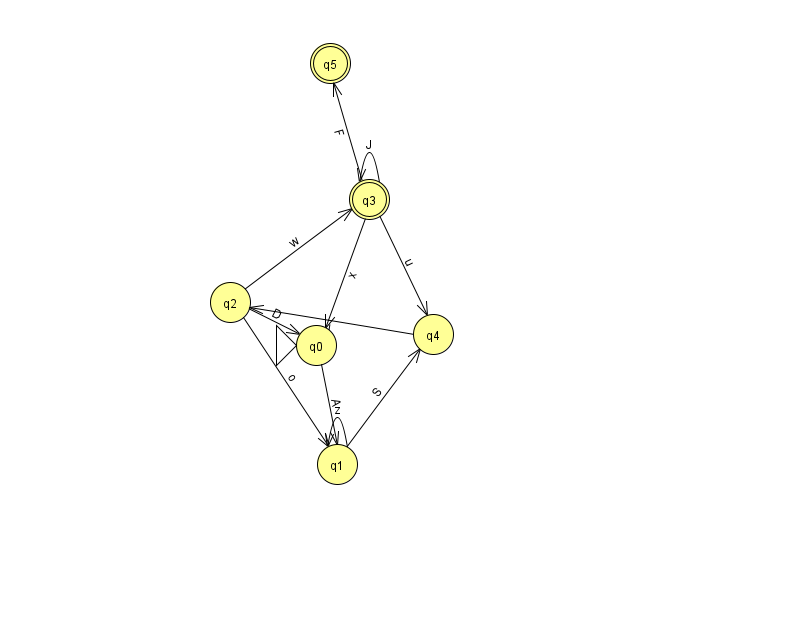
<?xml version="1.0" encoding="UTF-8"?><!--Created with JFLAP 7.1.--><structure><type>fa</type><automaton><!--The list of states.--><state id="0" name="q0"><x>316.0</x><y>332.0</y><initial/></state><state id="1" name="q1"><x>337.0</x><y>451.0</y></state><state id="2" name="q2"><x>230.0</x><y>289.0</y></state><state id="3" name="q3"><x>369.0</x><y>186.0</y><final/></state><state id="4" name="q4"><x>433.0</x><y>321.0</y></state><state id="5" name="q5"><x>330.0</x><y>50.0</y><final/></state><!--The list of transitions.--><transition><from>2</from><to>3</to><read>w</read></transition><transition><from>2</from><to>0</to><read>D</read></transition><transition><from>3</from><to>5</to><read>F</read></transition><transition><from>4</from><to>2</to><read>I</read></transition><transition><from>0</from><to>1</to><read>A</read></transition><transition><from>2</from><to>1</to><read>o</read></transition><transition><from>1</from><to>1</to><read>z</read></transition><transition><from>1</from><to>4</to><read>S</read></transition><transition><from>3</from><to>3</to><read>J</read></transition><transition><from>3</from><to>0</to><read>x</read></transition><transition><from>3</from><to>4</to><read>u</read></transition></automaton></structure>